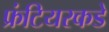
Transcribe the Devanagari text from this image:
फ्रंटियरकडे